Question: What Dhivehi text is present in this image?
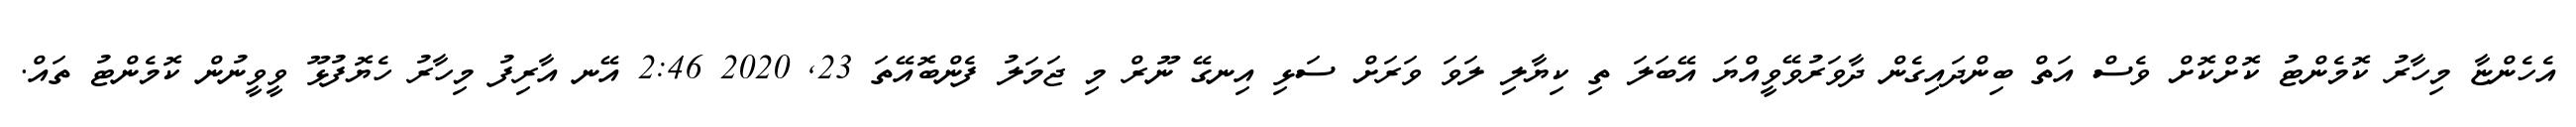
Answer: އެހެންޏާ މިހާރު ކޮމެންޓު ކޮށްކޮށް ވެސް އަތް ބިންދައިގެން ދާވަރުވޭވީއްޔަ އޭބަލަ ތި ކިޔާލި ލަވަ ވަރަށް ސަޅި އިނގޭ ނޫރް މި ޖަމަލު ފެންބޮއޭތަ 23, 2020 2:46 އޭނ އާރިފު މިހާރު ހެޔޮފުޅޫ ވީވީނުން ކޮމެންޓު ތައް.